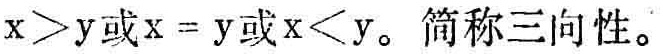
\(x > y或x = y或x < y。简称三向性。\)